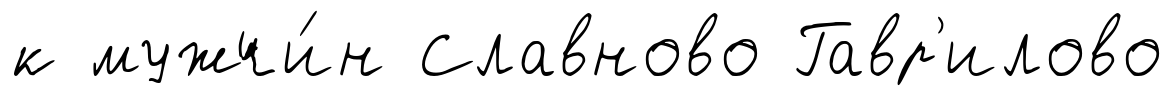
к мужчи́н Славново Гавр'илово